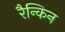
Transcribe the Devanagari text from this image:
रैन्किन